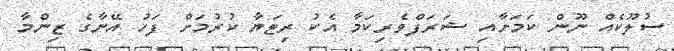
ސުލޫކެއް ނޫން ކަމަށާއި ޝަރަފްވެރިކަމާ އެކު ރިޓަޔާ ކުރުމަށް ފަހު އޭނާގެ ޒިންމާ